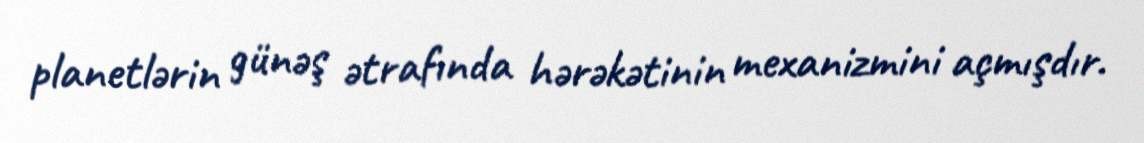
planetlərin günəş ətrafında hərəkətinin mexanizmini açmışdır.